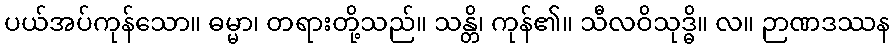
ပယ်အပ်ကုန်သော။ ဓမ္မာ၊ တရားတို့သည်။ သန္တိ၊ ကုန်၏။ သီလဝိသုဒ္ဓိ။ လ။ ဉာဏဒဿန